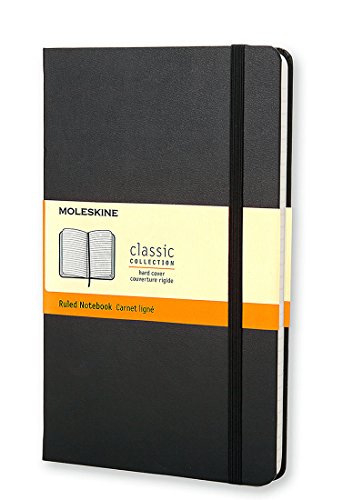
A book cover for Moleskine Classic Notebook, Large, Ruled, Black, Hard Cover (5 x 8.25) (Classic Notebooks); Reference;